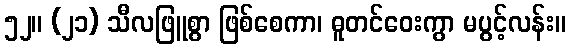
၅၂။ (၂၁) သီလဖြူစွာ ဖြစ်စေကာ၊ ဓူတင်ဝေးကွာ မပွင့်လန်း။